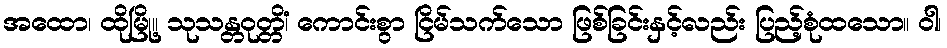
အထော၊ ထိုမြို့။ သုသန္တဝုတ္တိံ၊ ကောင်းစွာ ငြိမ်သက်သော ဖြစ်ခြင်းနှင့်လည်း ပြည့်စုံထသော။ ဝါ၊